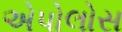
એપોલોસ